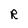
Character: R